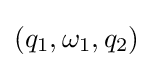
(q_{1},\omega _{1},q_{2})